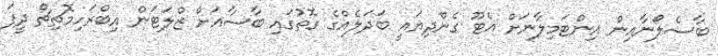
ބާސެލޯނާއިން އިންޓަމިލާނަށް އެޓޫ ގެންދިޔައީ ބަދަލެއްގެ ގޮތުގައި ބާސާއަށް ޒްލަޓަން އިބްރަހިމޮޗިޗް ދީފަ